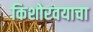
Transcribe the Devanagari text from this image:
किशोरवयाचा